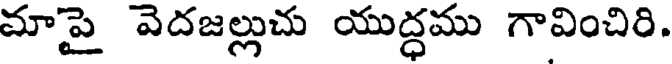
మాపై వెదజల్లుచు యుద్ధము గావించిరి.